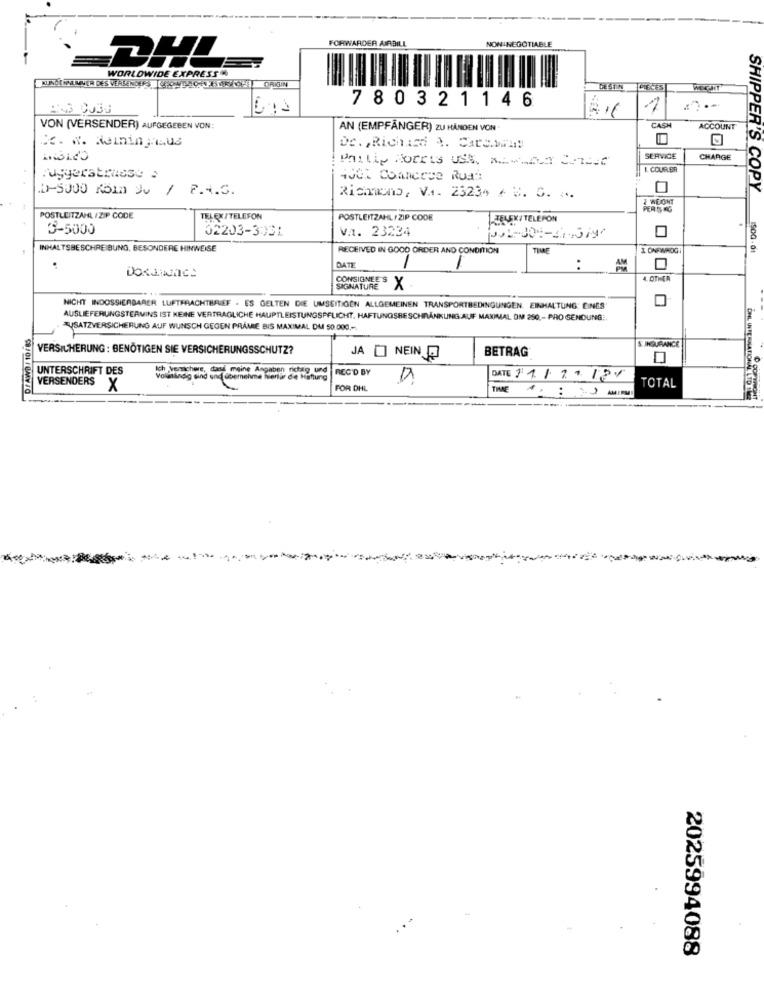
NON NEGOTIABLE
FORWARDER AIRBILL
DHL
WORLDWIDE EXPRESS
DESIN
PIECES
780321146
1
VON (VERSENDER) AUFGEGEBEN VON:
AN (EMPFÄNGER) ZU HÅNDEN VON
CASH
ACCOUNT
C. W. Nemin Haus
De. , Richard A. Carc.wal !!
Philip Morris USk. Row.na Christ
SERVICE
CHARGE
1. COUR.BR
Avoi Commerce Rua:
1-5000 KSIn du / F.A.S.
O
SHIPPER'S COPY
Richmond, VA. 23234 / B. C. ...
I WEONT
PER 5 KG
POSTLEITZAHL /ZIP CODE
TELEX/TELEFON
POSTLEITZAHL / ZIP CODE
JELEX/TELEFON
3-5000
02203-3031
va. 23224
001+30403/
INHALTSBESCHREIBUNG, BESONDERE HINWEISE
RECEIVED IN GOOD ORDER AND CONDITION
TIME
& ONEWHOGI
SO0 - 61
-
DATE
-
:
AM
4. OTHER
SIGNATURE
×
NICHT INDOSSIERBARER LUFTFRACHTBRIEF . ES GELTEN DIE UMSEITIGEN ALLGEMEINEN TRANSPORTBEDINGUNGEN. EINHALTUNG: EINES
AUSLIEFERUNGSTERMINS IST KEINE VERTRAGLICHE HAUPTLEISTUNGSPFLICHT. HAFTUNGSBESCHRÄNKUNG AUF MAXIMAL OM 250 ,- PRO SENDUNG :.
ZUSATZVERSICHERUNG AUF WUNSCH GEGEN PRÄMIE BIS MAXIMAL DU 50.000 ,-
S.INSURANCE
VERSICHERUNG : BENÖTIGEN SIE VERSICHERUNGSSCHUTZ?
BETRAG
JA O NEIN P
UNTERSCHRIFT DES
meine Angaben
Volantinog and und übernehme serie de Rienung | REC'D BY
DATE 11/2.120
VERSENDERS X
FOR DHL
TOTAL
THE 4:3]
2025994088